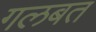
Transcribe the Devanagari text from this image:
गलबत